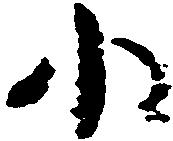
小